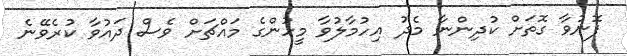
ފޮނުވާ ގޮތަށް ކުދިންނާ މެދު އިހުމާލުވާ މީހުންގެ މައްޗަށް ވެސް ދައުވާ ކުރެވޭނެ